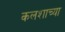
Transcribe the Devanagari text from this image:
कलशाच्या